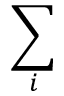
\sum _ { i }